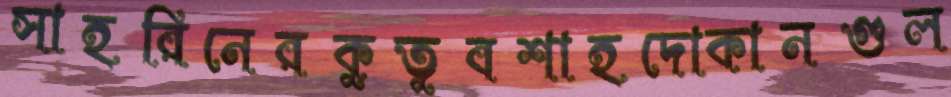
সাহরিনেরকুতুবশাহদোকানগুল